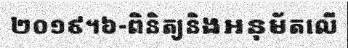
២០១៩។៦-ពិនិត្យនិងអនុម័តលើ